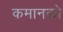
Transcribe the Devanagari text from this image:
कमानको